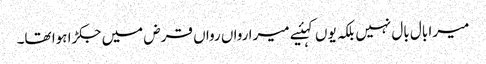
میرا بال بال نہیں بلکہ یوں کہئیے میرا رواں رواں قرض میں جکڑا ہوا تھا۔